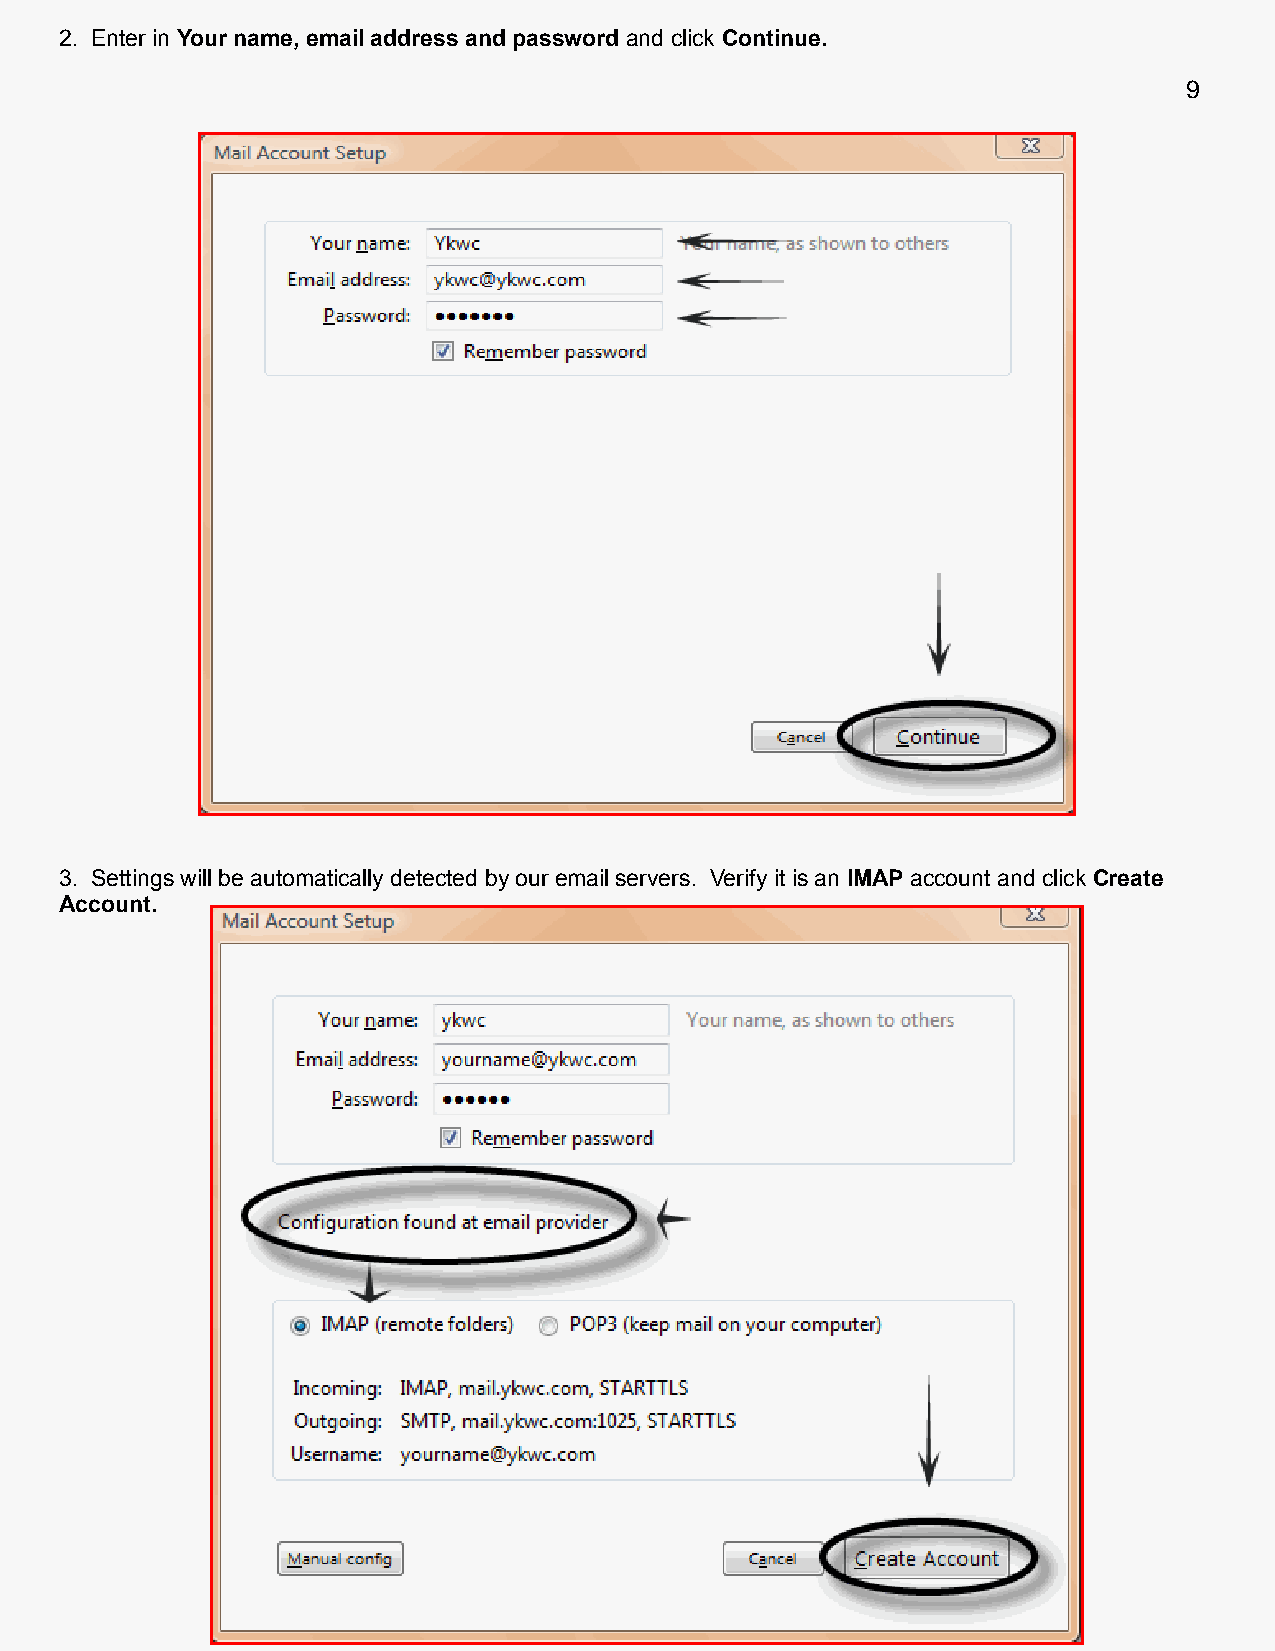
2. Enter in Your name, email address and password and click Continue.
 9
 3. Settings will be automatically detected by our email servers. Verify it is an IMAP account and click Create
 Account.